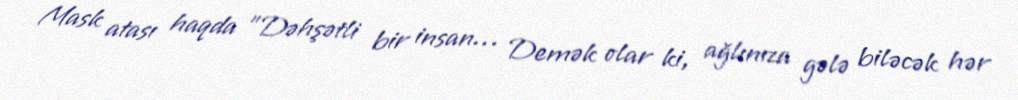
Mask atası haqda "Dəhşətli bir insan… Demək olar ki, ağlınıza gələ biləcək hər